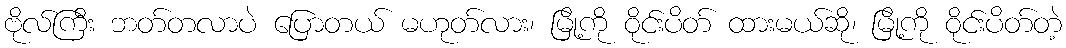
ဗိုလ်ကြီး ဘတ်တလာပဲ ပြောတယ် မဟုတ်လား၊ မြို့ကို ဝိုင်းပိတ် ထားမယ်ဆို၊ မြို့ကို ဝိုင်းပိတ်တဲ့